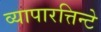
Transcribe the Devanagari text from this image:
व्यापारत्तिन्टे